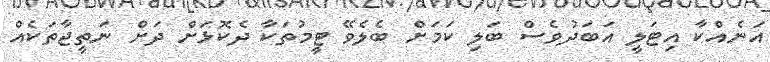
އަނެއްކާ އިޓަލީ އަބަދުވެސް ބަލި ކަމަށް ބެލެވޭ ޓީމުތަކާ ދެކޮޅަށް ދަށް ނަތީޖާތަކެެއް